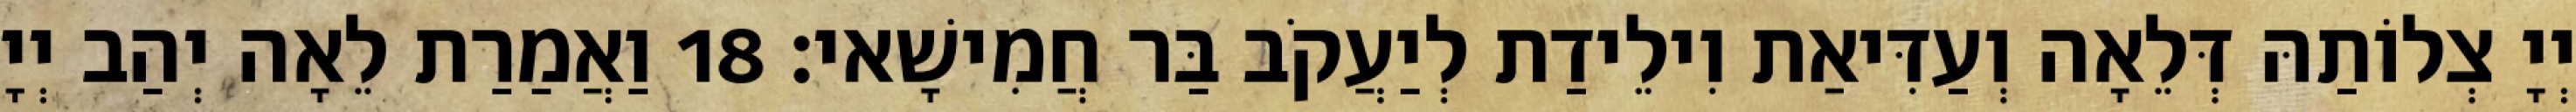
יְיָ צְלוֹתַהּ דְּלֵאָה וְעַדִּיאַת וִילֵידַת לְיַעֲקֹב בַּר חֲמִישָׁאי׃ 18 וַאֲמַרַת לֵאָה יְהַב יְיָ